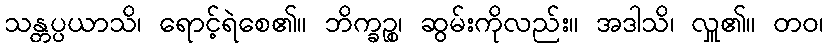
သန္တပ္ပယာသိ၊ ရောင့်ရဲစေ၏။ ဘိက္ခဉ္စ၊ ဆွမ်းကိုလည်း။ အဒါသိ၊ လှူ၏။ တဝ၊